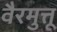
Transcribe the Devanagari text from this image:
वैरमुत्तू